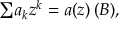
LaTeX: { \textstyle \sum } a _ { k } z ^ { k } = a ( z ) \, ( \boldsymbol B ) ,